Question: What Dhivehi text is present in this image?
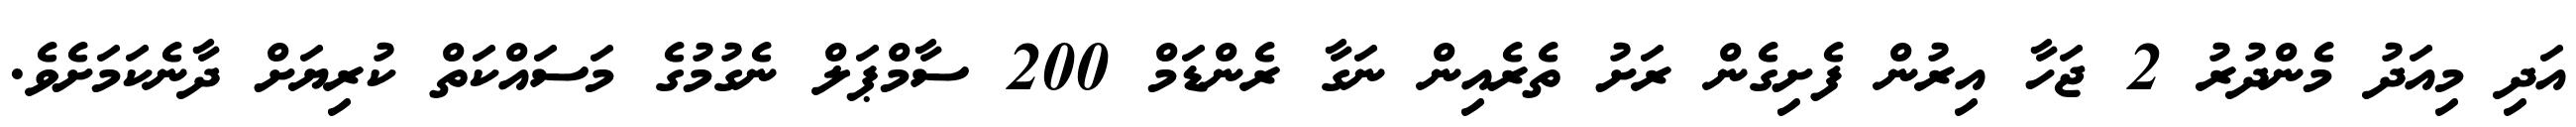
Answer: އަދި މިއަދު މެންދުރު 2 ޖަހާ އިރުން ފެށިގެން ރަށު ތެރެއިން ނަގާ ރެންޑަމް 200 ސާމްޕަލް ނެގުމުގެ މަސައްކަތް ކުރިޔަށް ދާނެކަމަށެވެ.